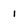
Character: 1